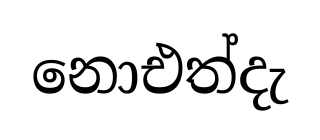
නොඑත්දැ